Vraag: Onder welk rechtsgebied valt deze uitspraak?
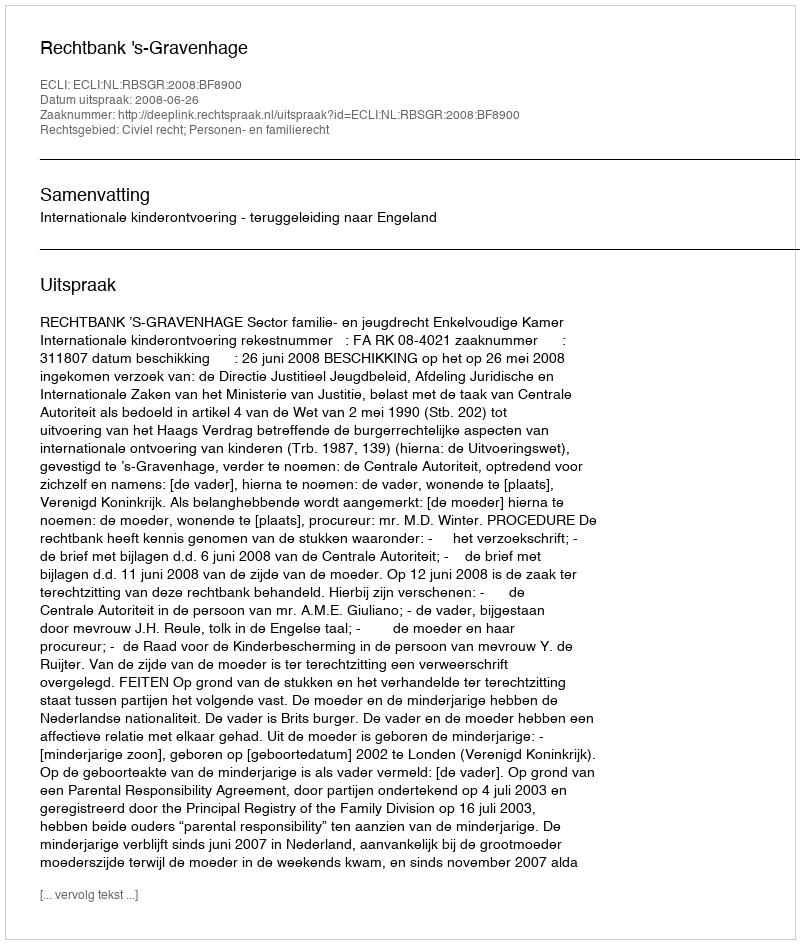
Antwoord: Civiel recht; Personen- en familierecht